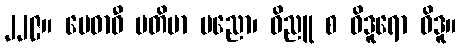
၂၂၉။ မေဓာဝီ မတိမာ ပညော၊ ဝိညူ စ ဝိဒူရော ဝိဒူ။